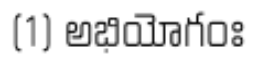
(1) అభియోగంః